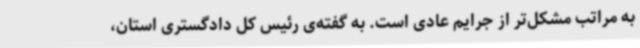
به مراتب مشکل‌تر از جرایم عادی است. به گفته‌ی رئیس کل دادگستری استان،